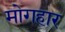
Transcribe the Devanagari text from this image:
मोगहार